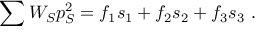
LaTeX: \sum W _ { S } p _ { S } ^ { 2 } = f _ { 1 } s _ { 1 } + f _ { 2 } s _ { 2 } + f _ { 3 } s _ { 3 } \ .